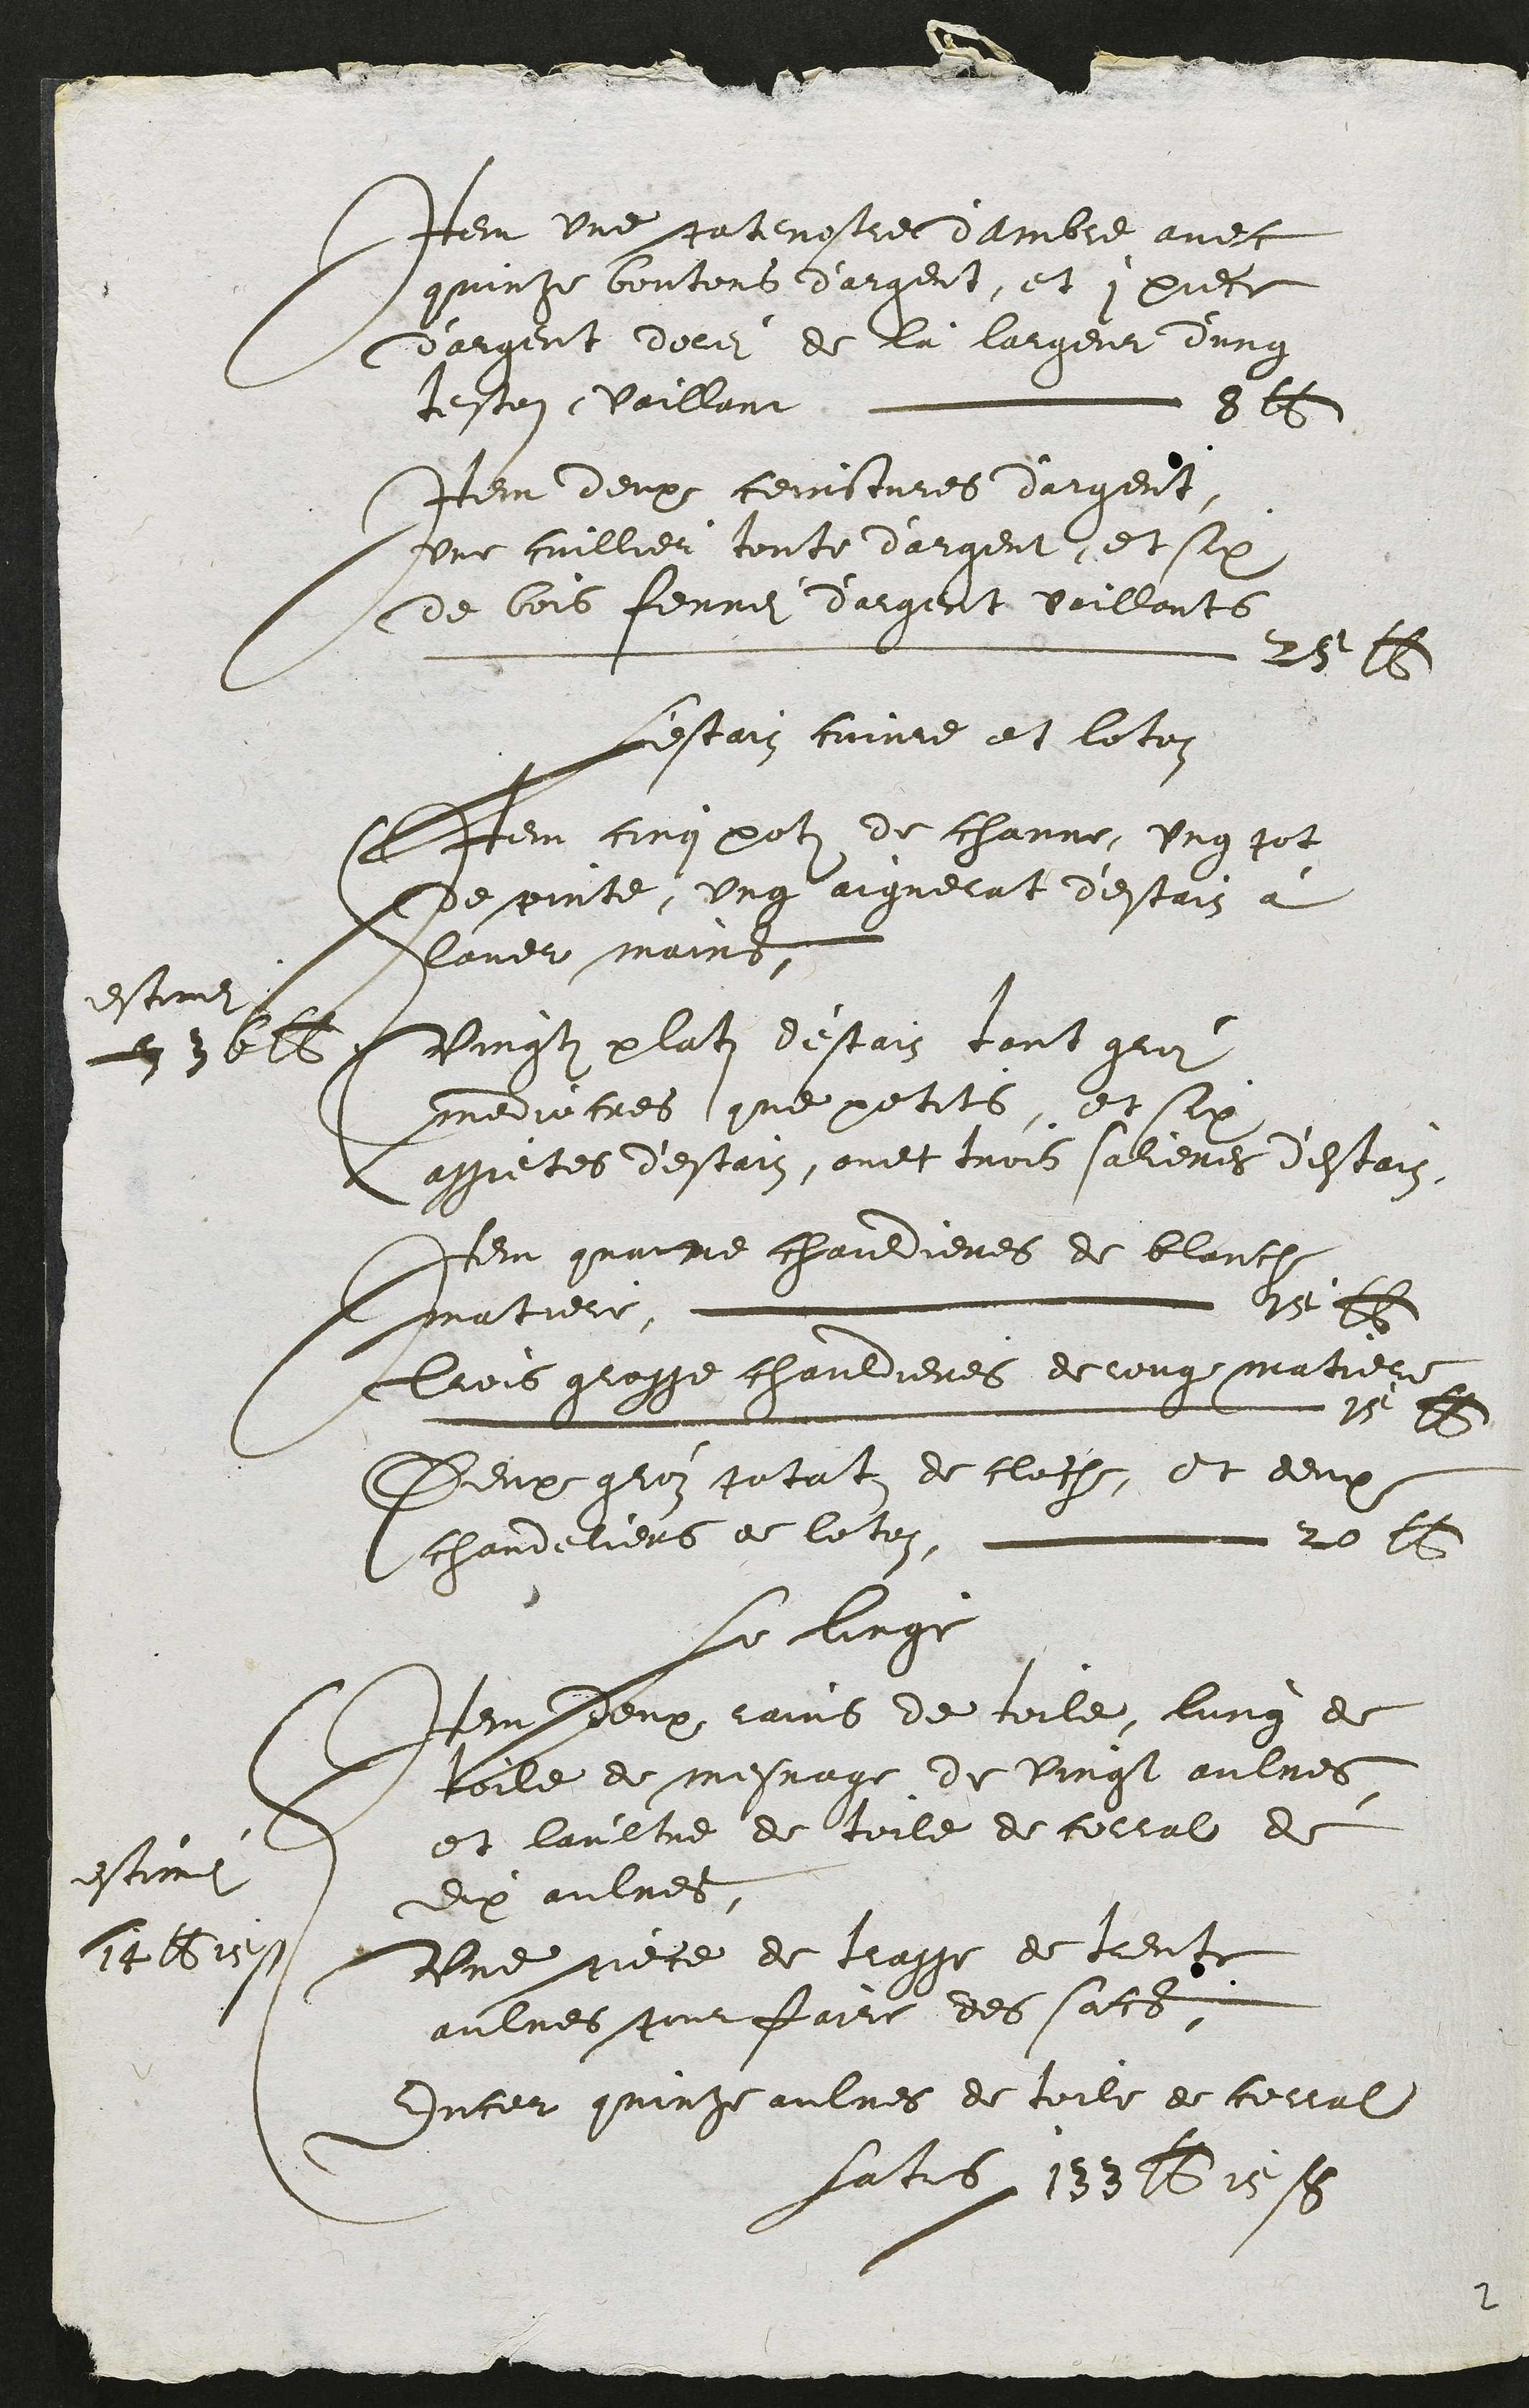
eu une atenestie dambie avee
quinte bontors baiadit, et ; piece
vargent voliz de la laigent dung
lestuns, vaillant  ue
Item deux femsimes vaigent
ne caillieu toute daraent et six
Ee bois ferret Saiget voillants
Le 219S
Lestain cmime et leston
Utem conglotz de charre ungtot
desoirte ung aignelat destaiz a
Veve mainet
estiait
a va
inosti plati destain taust gris
medintres que petits disil
Negcetes destain oint trois salieves destaitz
em quaine chandieres de blanth
Luatier Lnnnnn Nee
atrois glege clandieres de leur matiel
Lu e oi e eseslseselssilslflo] j f
Deuraton jntat de clache et deux
chandetiers de letez L 20 15
le foirge
ItemBdeux laiis de toile furg de
Rile de mesmage de Rirost aulres
et laultre de teile de collal de
dix aulres
Une gece de tiagge de teute
aulres s farte des sact
Incel quirte aulres de teile de ceval
effiaa
AaBi
fatib 21irs

2